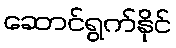
ဆောင်ရွက်နိုင်